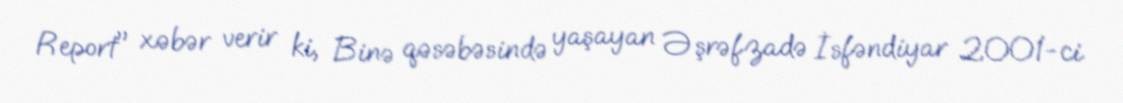
Report" xəbər verir ki, Binə qəsəbəsində yaşayan Əşrəfzadə İsfəndiyar 2001-ci